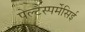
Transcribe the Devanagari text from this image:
पेल्टैंस्पर्मेसिई